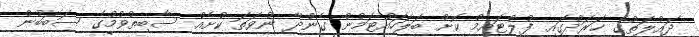
ދައުލަތުގެ ޚަރަދުގައި ފުލްޓައިމް ކޮށް ބަލަހައްޓަމުން ގެންދާ ނުވަތަ ކުށެއް ސާބިތުވުމުގެ ސަބަބުން